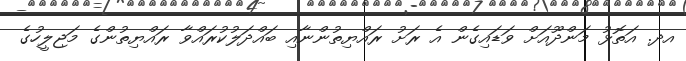
އދ. އަތޮޅު މަންދޫއަށް ވަޑައިގެން އެ ރަށު ރައްޔިތުންނާއި ބައްދަލުކުރައްވާ ރައްޔިތުންގެ މަޖިލީހުގެ